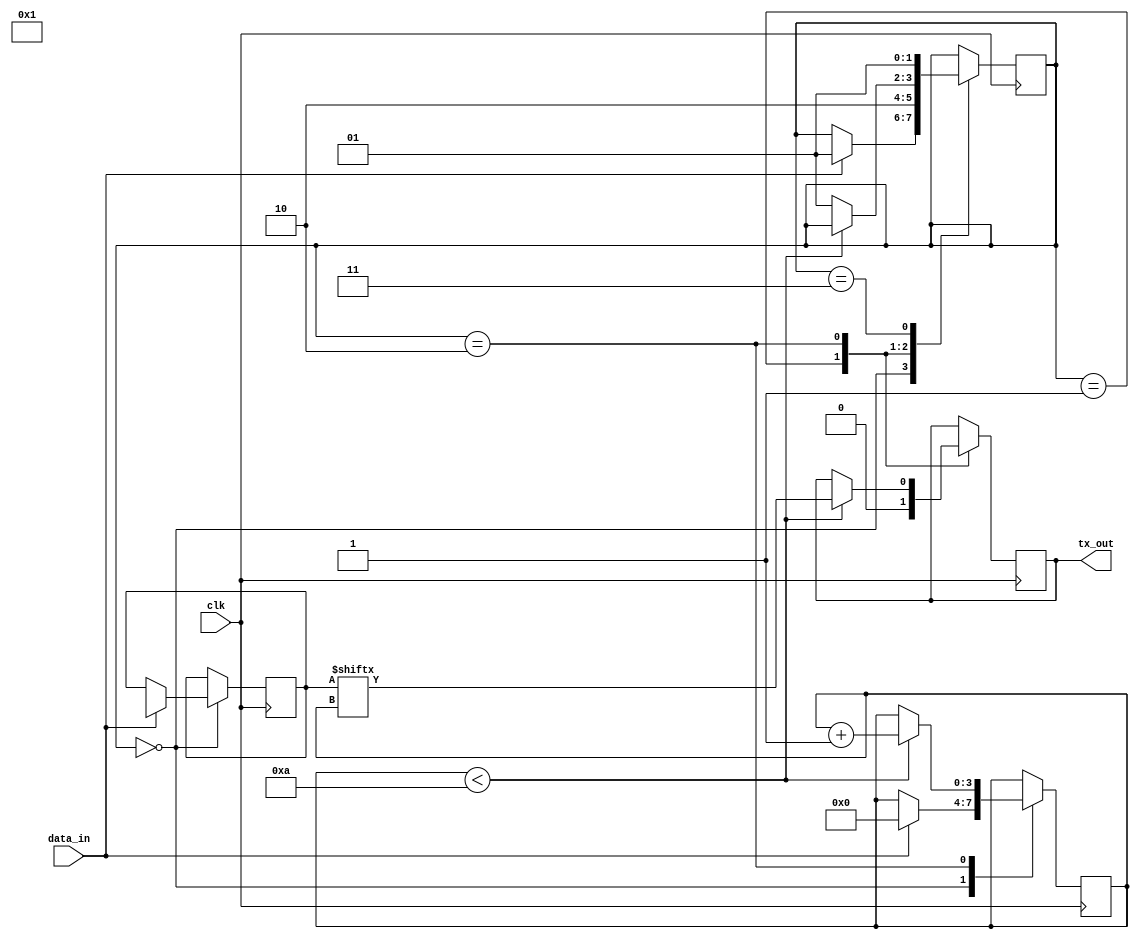
module uart_transmitter (
    input clk,              // Clock input
    input data_in,          // Data input port
    output reg tx_out       // Output port for transmitting serial data
);

// Parameters
parameter BAUD_RATE = 9600; // Baud rate
parameter START_BIT = 1'b0;  // Start bit value
parameter STOP_BIT = 1'b1;   // Stop bit value

// Internal variables
reg [9:0] data_reg;         // Data register to store input data
reg [3:0] bit_count;        // Bit count to track current bit position
reg tx_bit;                 // Current bit being transmitted

// State machine states
parameter IDLE = 2'b00;
parameter START = 2'b01;
parameter DATA = 2'b10;
parameter PARITY = 2'b11;
parameter STOP = 2'b01;

// State machine register
reg [1:0] state;

// Clock generator
always @ (posedge clk) begin
    // Insert clock generation logic here
end

// State machine logic
always @ (posedge clk) begin
    case (state)
        IDLE: begin
            if (data_in) begin
                state <= START;
                bit_count <= 0;
                data_reg <= {START_BIT, data_in, PARITY_BIT};
            end
        end
        START: begin
            tx_out <= 0; // Start bit
            state <= DATA;
        end
        DATA: begin
            if (bit_count < 10) begin
                tx_out <= data_reg[bit_count];
                bit_count <= bit_count + 1;
            end else begin
                state <= STOP;
            end
        end
        PARITY: begin
            // Insert parity generation logic here
            state <= STOP;
        end
        STOP: begin
            tx_out <= STOP_BIT; // Stop bit
            state <= IDLE;
        end
    endcase
end

endmodule